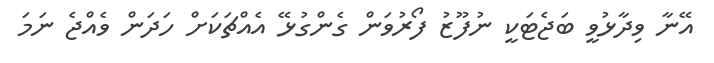
އޭނާ ވިދާޅުވީ ބަޖެޓަކީ ނުފޫޒު ފޯރުވަން ގެންގުޅޭ އެއްޗަކަށް ހަދަން ވެއްޖެ ނަމަ